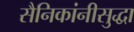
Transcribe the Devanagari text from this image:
सैनिकांनीसुद्धा